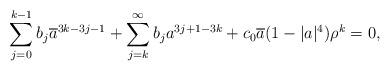
LaTeX: \begin{align*}\sum_{j=0}^{k-1}b_j\overline{a}^{3k-3j-1}+\sum_{j=k}^{\infty}b_ja^{3j+1-3k}+c_0\overline{a}(1-|a|^4)\rho^k=0,\end{align*}